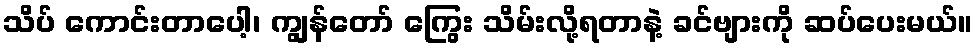
သိပ် ကောင်းတာပေါ့၊ ကျွန်တော် ကြွေး သိမ်းလို့ရတာနဲ့ ခင်ဗျားကို ဆပ်ပေးမယ်။